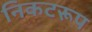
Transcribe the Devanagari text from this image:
निकटरूप